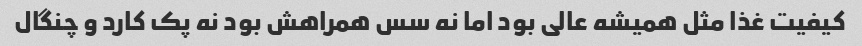
کیفیت غذا مثل همیشه عالی بود اما نه سس همراهش بود نه پک کارد و چنگال